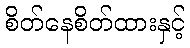
စိတ်နေစိတ်ထားနှင့်